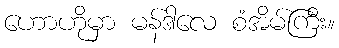
ဟောဟိုမှာ မန်ဒါလေ စံအိမ်ကြီး။